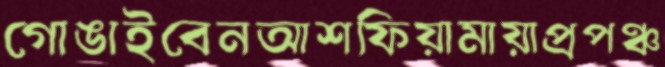
গোঙাইবেনআশফিয়ামায়াপ্রপঞ্চ